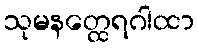
သုမနတ္ထေရဂါထာ